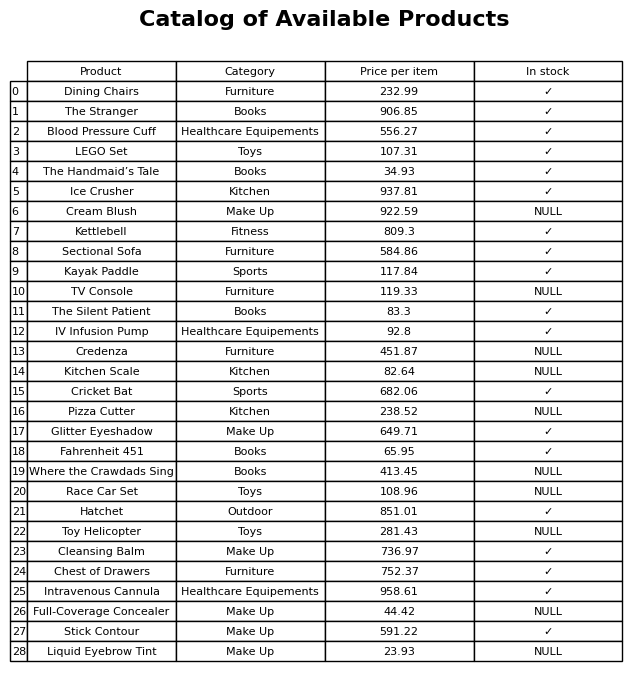
question: Is the Kettlebell in stock?
answer: ✓